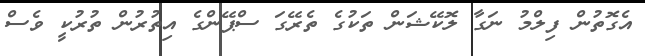
އެގޮތުން ފިލްމު ނަގާ ލޮކޭޝަން ތަކުގެ ތެރޭގަ ސްޕޭންގެ އިތުރުން ތުރުކީ ވެސް